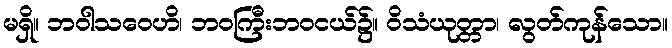
မရှိ။ ဘဝါသဝေဟိ၊ ဘဝကြီးဘဝငယ်၌။ ဝိသံယုတ္တာ၊ လွတ်ကုန်သော။